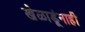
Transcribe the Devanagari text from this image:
खेळाडूंनाही